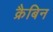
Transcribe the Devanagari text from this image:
क्रैबिन